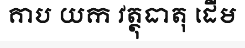
គាប យក វត្ថុធាតុ ដើម